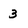
Character: 3